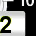
Digit: 2